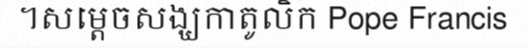
។សម្តេចសង្ឃកាតូលិក Pope Francis